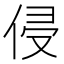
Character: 侵